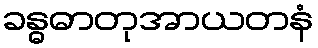
ခန္ဓဓာတုအာယတနံ